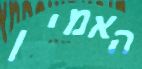
האמין